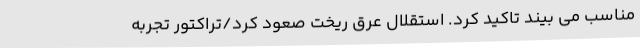
مناسب می بیند تاکید کرد. استقلال عرق ریخت صعود کرد/تراکتور تجربه